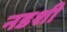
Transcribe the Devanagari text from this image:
नडशी